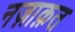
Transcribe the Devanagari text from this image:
नज़ाक़त